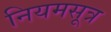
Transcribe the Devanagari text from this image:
नियमसूत्र